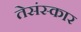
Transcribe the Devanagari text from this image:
तेसंस्कार